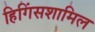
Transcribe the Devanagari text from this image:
हिगिंसशामिल